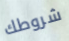
شروطك